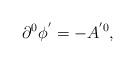
LaTeX: \begin{align*}\partial^0 \phi^{^{\prime}}=-A^{^{\prime}0},\end{align*}